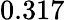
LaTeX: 0.317